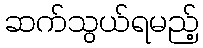
ဆက်သွယ်ရမည့်